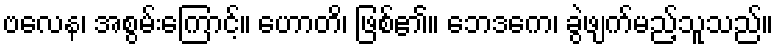
ဗလေန၊ အစွမ်းကြောင့်။ ဟောတိ၊ ဖြစ်၏။ ဘေဒကေ၊ ခွဲဖျက်မည့်သူသည်။